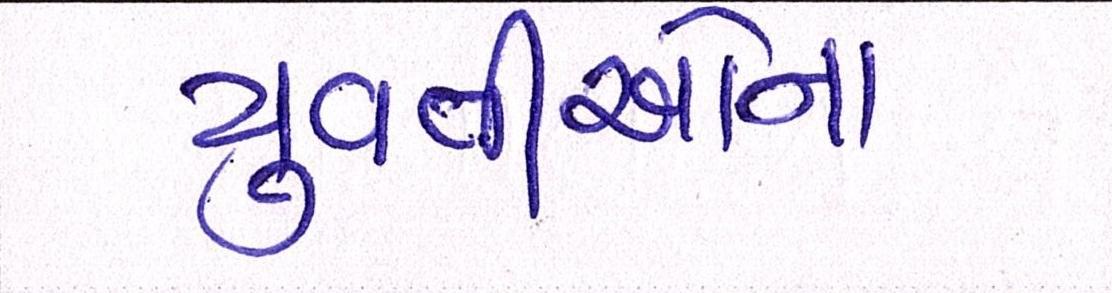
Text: યુવતીઓના